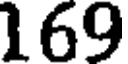
169